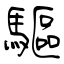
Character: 驅